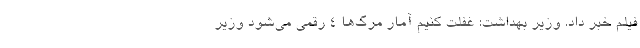
فیلم خبر داد. وزیر بهداشت: غفلت کنیم آمار مرگ‌ها ۴ رقمی می‌شود وزیر